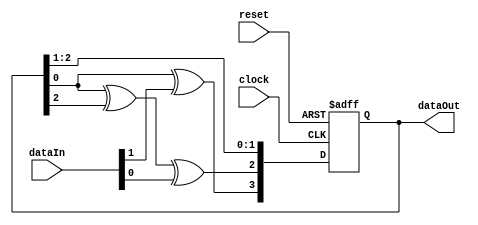
`timescale 1ns / 1ps
module MISR(dataIn,reset,clock,dataOut);
  input [0:1] dataIn;
  input reset,clock;  
  output reg [0:3] dataOut;
  always@(posedge clock or posedge reset)
  begin
    if(reset == 1) begin
      dataOut <= 4'b0000;
    end
    else begin
      dataOut[0] <= dataOut[3] ^ dataIn[0];
      dataOut[1] <= dataOut[3] ^ dataOut[1] ^ dataIn[1];
      dataOut[2] <= dataOut[1] ;
      dataOut[3] <= dataOut[2] ;
    end
  end
endmodule